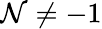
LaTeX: \mathcal{N}\ne-1